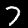
Label: 7